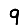
Digit: 9